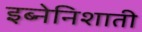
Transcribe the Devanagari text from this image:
इब्नेनिशाती